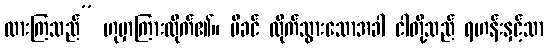
ထားကြသည်” ဟုမှာကြားလိုက်၏။ မိခင် လိုက်သွားသောအခါ ငါတို့သည် ရဟန်းနှင့်သာ